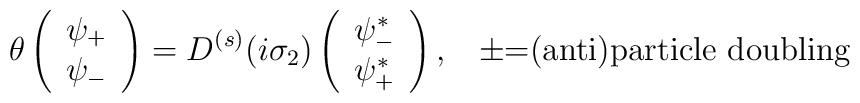
\theta \left( \begin{array}{c}\psi _{+} \\ \psi _{-}\end{array}\right) =D^{(s)}(i\sigma _{2})\left( \begin{array}{c}\psi _{-}^{*} \\ \psi _{+}^{*}\end{array}\right) ,\,\,\,\,\,\pm \mbox{=(anti)particle\thinspace \thinspace doubling}